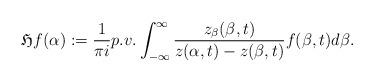
LaTeX: \begin{align*}\mathfrak{H}f(\alpha):=\frac{1}{\pi i}p.v.\int_{-\infty}^{\infty}\frac{z_{\beta}(\beta,t)}{z(\alpha,t)-z(\beta,t)}f(\beta,t)d\beta.\end{align*}